Vaccination in Bombay 1924-1928 - 1924-1928
Year: 1924
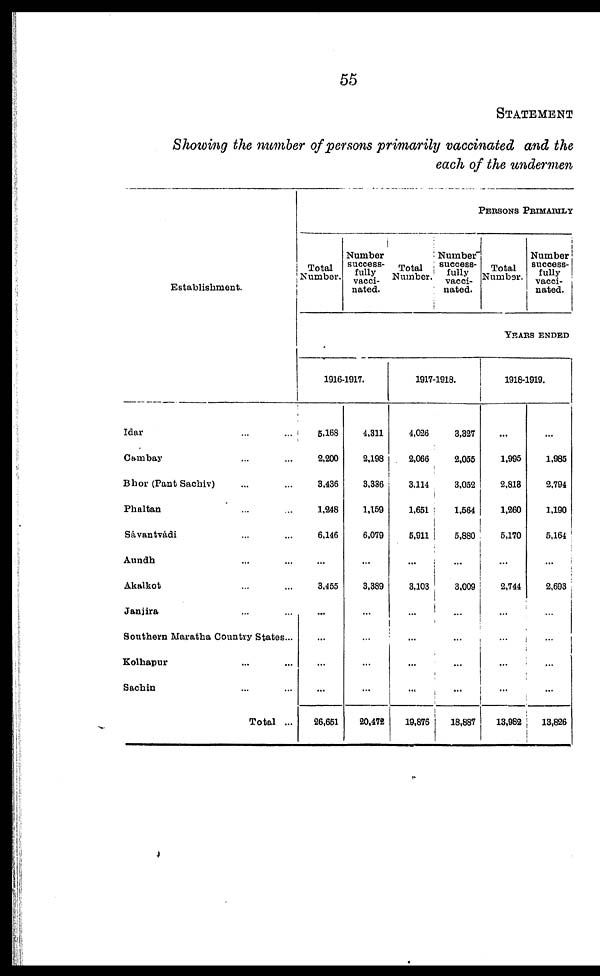
55
STATEMENT
Showing the number of persons primarily vaccinated and the
each of the undermen
Establishment.
Idar ... ...
Cambay ... ...
Bhor (Pant Sachiv) ... ...
Phaltan ... ...
Savantvadi ... ...
Aundh ... ...
Akalkot ... ...
Janjira ... ...
Southern Maratha Country States...
Kolhapur ... ...
Sachin ... ...
Total ...
PERSONS PRIMARILY
Total
Number.
Number
success-
fully
vacci-
nated.
Total
Number.
Number
success-
fully
vacci-
nated.
Total
Number.
Number
success-
fully
vacci-
nated.
YEARS ENDED
1916-1917.
5,168
2,200
3,436
1,248
6,146
...
3,455
...
...
...
...
26,651
4,311
2,198
3,336
1,159
6,079
...
3,389
...
...
...
...
20,472
1917-1918.
4,026
2,066
3,114
1,651
5,911
...
3,103
...
...
...
...
19,876
3,327
2,055
3,052
1,564
5,880
...
3,009
...
...
...
...
18,887
1918-1919.
...
1,995
2,818
1,260
5,170
...
2,744
...
...
...
...
13,982
...
1,985
2,794
1,190
5,164
...
2,693
...
...
...
...
13,826